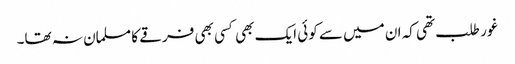
غور طلب تھی کہ ان میں سے کوئی ایک بھی کسی بھی فرقے کا مسلمان نہ تھا۔